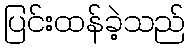
ပြင်းထန်ခဲ့သည်